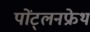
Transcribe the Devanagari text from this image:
पोंट्लनफ्रेथ